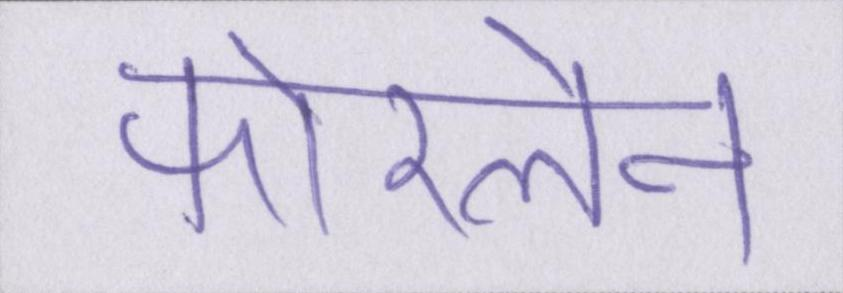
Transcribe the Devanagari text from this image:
फोरलेन